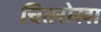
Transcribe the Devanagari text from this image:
चितरोखा